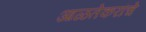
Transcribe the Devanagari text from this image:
आळतेकरांचे